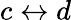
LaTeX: c\leftrightarrow d